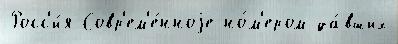
Росс'и́я Совр'ем'е́нноjе но́м'ером да́вших